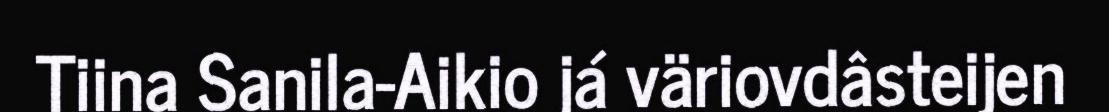
Tiina Sanila-Aikio já väriovdâsteijen